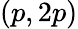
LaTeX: (p,2p)